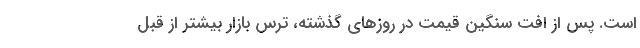
است. پس از افت سنگین قیمت در روزهای گذشته، ترس بازار بیشتر از قبل